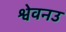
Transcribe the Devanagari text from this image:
श्वेवनउ